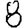
Digit: 8